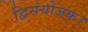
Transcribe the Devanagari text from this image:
द्विसंयोजक।